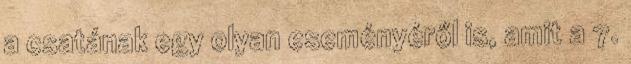
a csatának egy olyan eseményéről is, amit a 7.